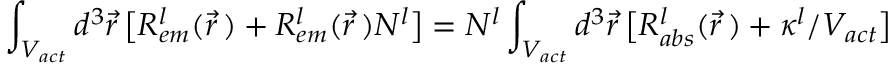
\int _ { V _ { a c t } } d ^ { 3 } \Vec { r } \, \big [ R _ { e m } ^ { l } ( \Vec { r } \, ) + R _ { e m } ^ { l } ( \Vec { r } \, ) N _ { } ^ { l } \big ] = N _ { } ^ { l } \int _ { V _ { a c t } } d ^ { 3 } \Vec { r } \, \big [ R _ { a b s } ^ { l } ( \Vec { r } \, ) + \kappa ^ { l } / V _ { a c t } \big ]